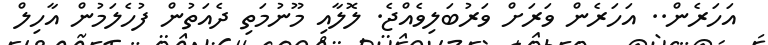
އަހަރެން.. އަހަރެން ވަރަށް ވަރުބަލިވެއްޖެ. ލޮލާއި މޫނުމަތި ދެއަތުން ފުހެލަމުން އާހިލް